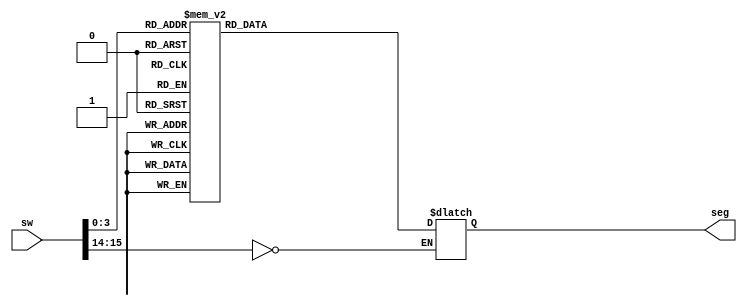
`timescale 1ns / 1ps
//////////////////////////////////////////////////////////////////////////////////
// Company: 
// Engineer: 
// 
// Design Name: 
// Module Name: OneA
// Project Name: 
// Target Devices: 
// Tool Versions: 
// Description: 
// 
// Dependencies: 
// 
// Revision:
// Revision 0.01 - File Created
// Additional Comments:
// 
//////////////////////////////////////////////////////////////////////////////////


module OneA(input [15:0] sw, output reg [6:0] seg);
reg [1:0] c;
reg [3:0] switch;
always@(*)begin
c = sw[15:14];
switch = sw[3:0];
if(c == 2'b00) begin
case(switch)
 4'b0000: seg = 7'b1000000; // 0000  
 4'b0001: seg = 7'b1111001; // 0001
 4'b0010: seg = 7'b0100100; // 0010
 4'b0011: seg = 7'b0110000; // 0011
 4'b0100: seg = 7'b0011001; // 0100
 4'b0101: seg = 7'b0010010; // 0101 
 4'b0110: seg = 7'b0000010; // 0110
 4'b0111: seg = 7'b1111000; // 0111 
 4'b1000: seg = 7'b0000000; // 1000 
 4'b1001: seg = 7'b0010000; // 1001
 4'b1010: seg = 7'b0001000; // 1010
 4'b1011: seg = 7'b0000011; // 1011
 4'b1100: seg = 7'b1000110; // 1100
 4'b1101: seg = 7'b0100001; // 1101
 4'b1110: seg = 7'b0000110; // 1110
 4'b1111: seg = 7'b0001110; // 1111  
 default: seg = 7'b1000000; // 0000
 endcase
end
end
endmodule